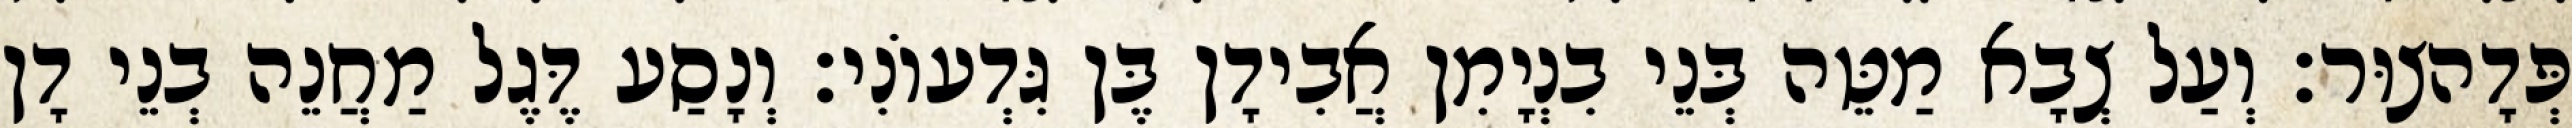
פְּדָהצוּר׃ וְעַל צְבָא מַטֵּה בְּנֵי בִנְיָמִן אֲבִידָן בֶּן גִּדְעוֹנִי׃ וְנָסַע דֶּגֶל מַחֲנֵה בְנֵי דָן